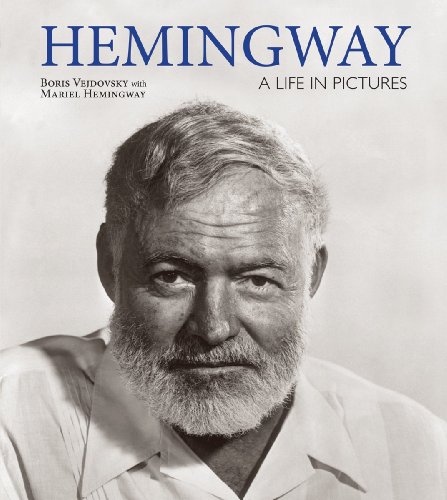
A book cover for Hemingway: A Life in Pictures; Boris Vejdovsky; Arts & Photography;